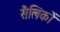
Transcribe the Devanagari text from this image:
सैलिकों